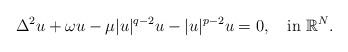
LaTeX: \begin{align*} \Delta^{2}u+\omega u-\mu|u|^{q-2}u-|u|^{p-2}u=0,\quad\mathrm{in}\ \mathbb{R}^{N}.\end{align*}